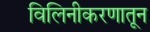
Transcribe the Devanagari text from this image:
विलिनीकरणातून